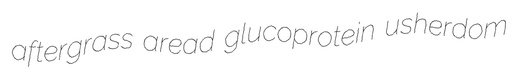
aftergrass aread glucoprotein usherdom